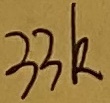
Text: 33K